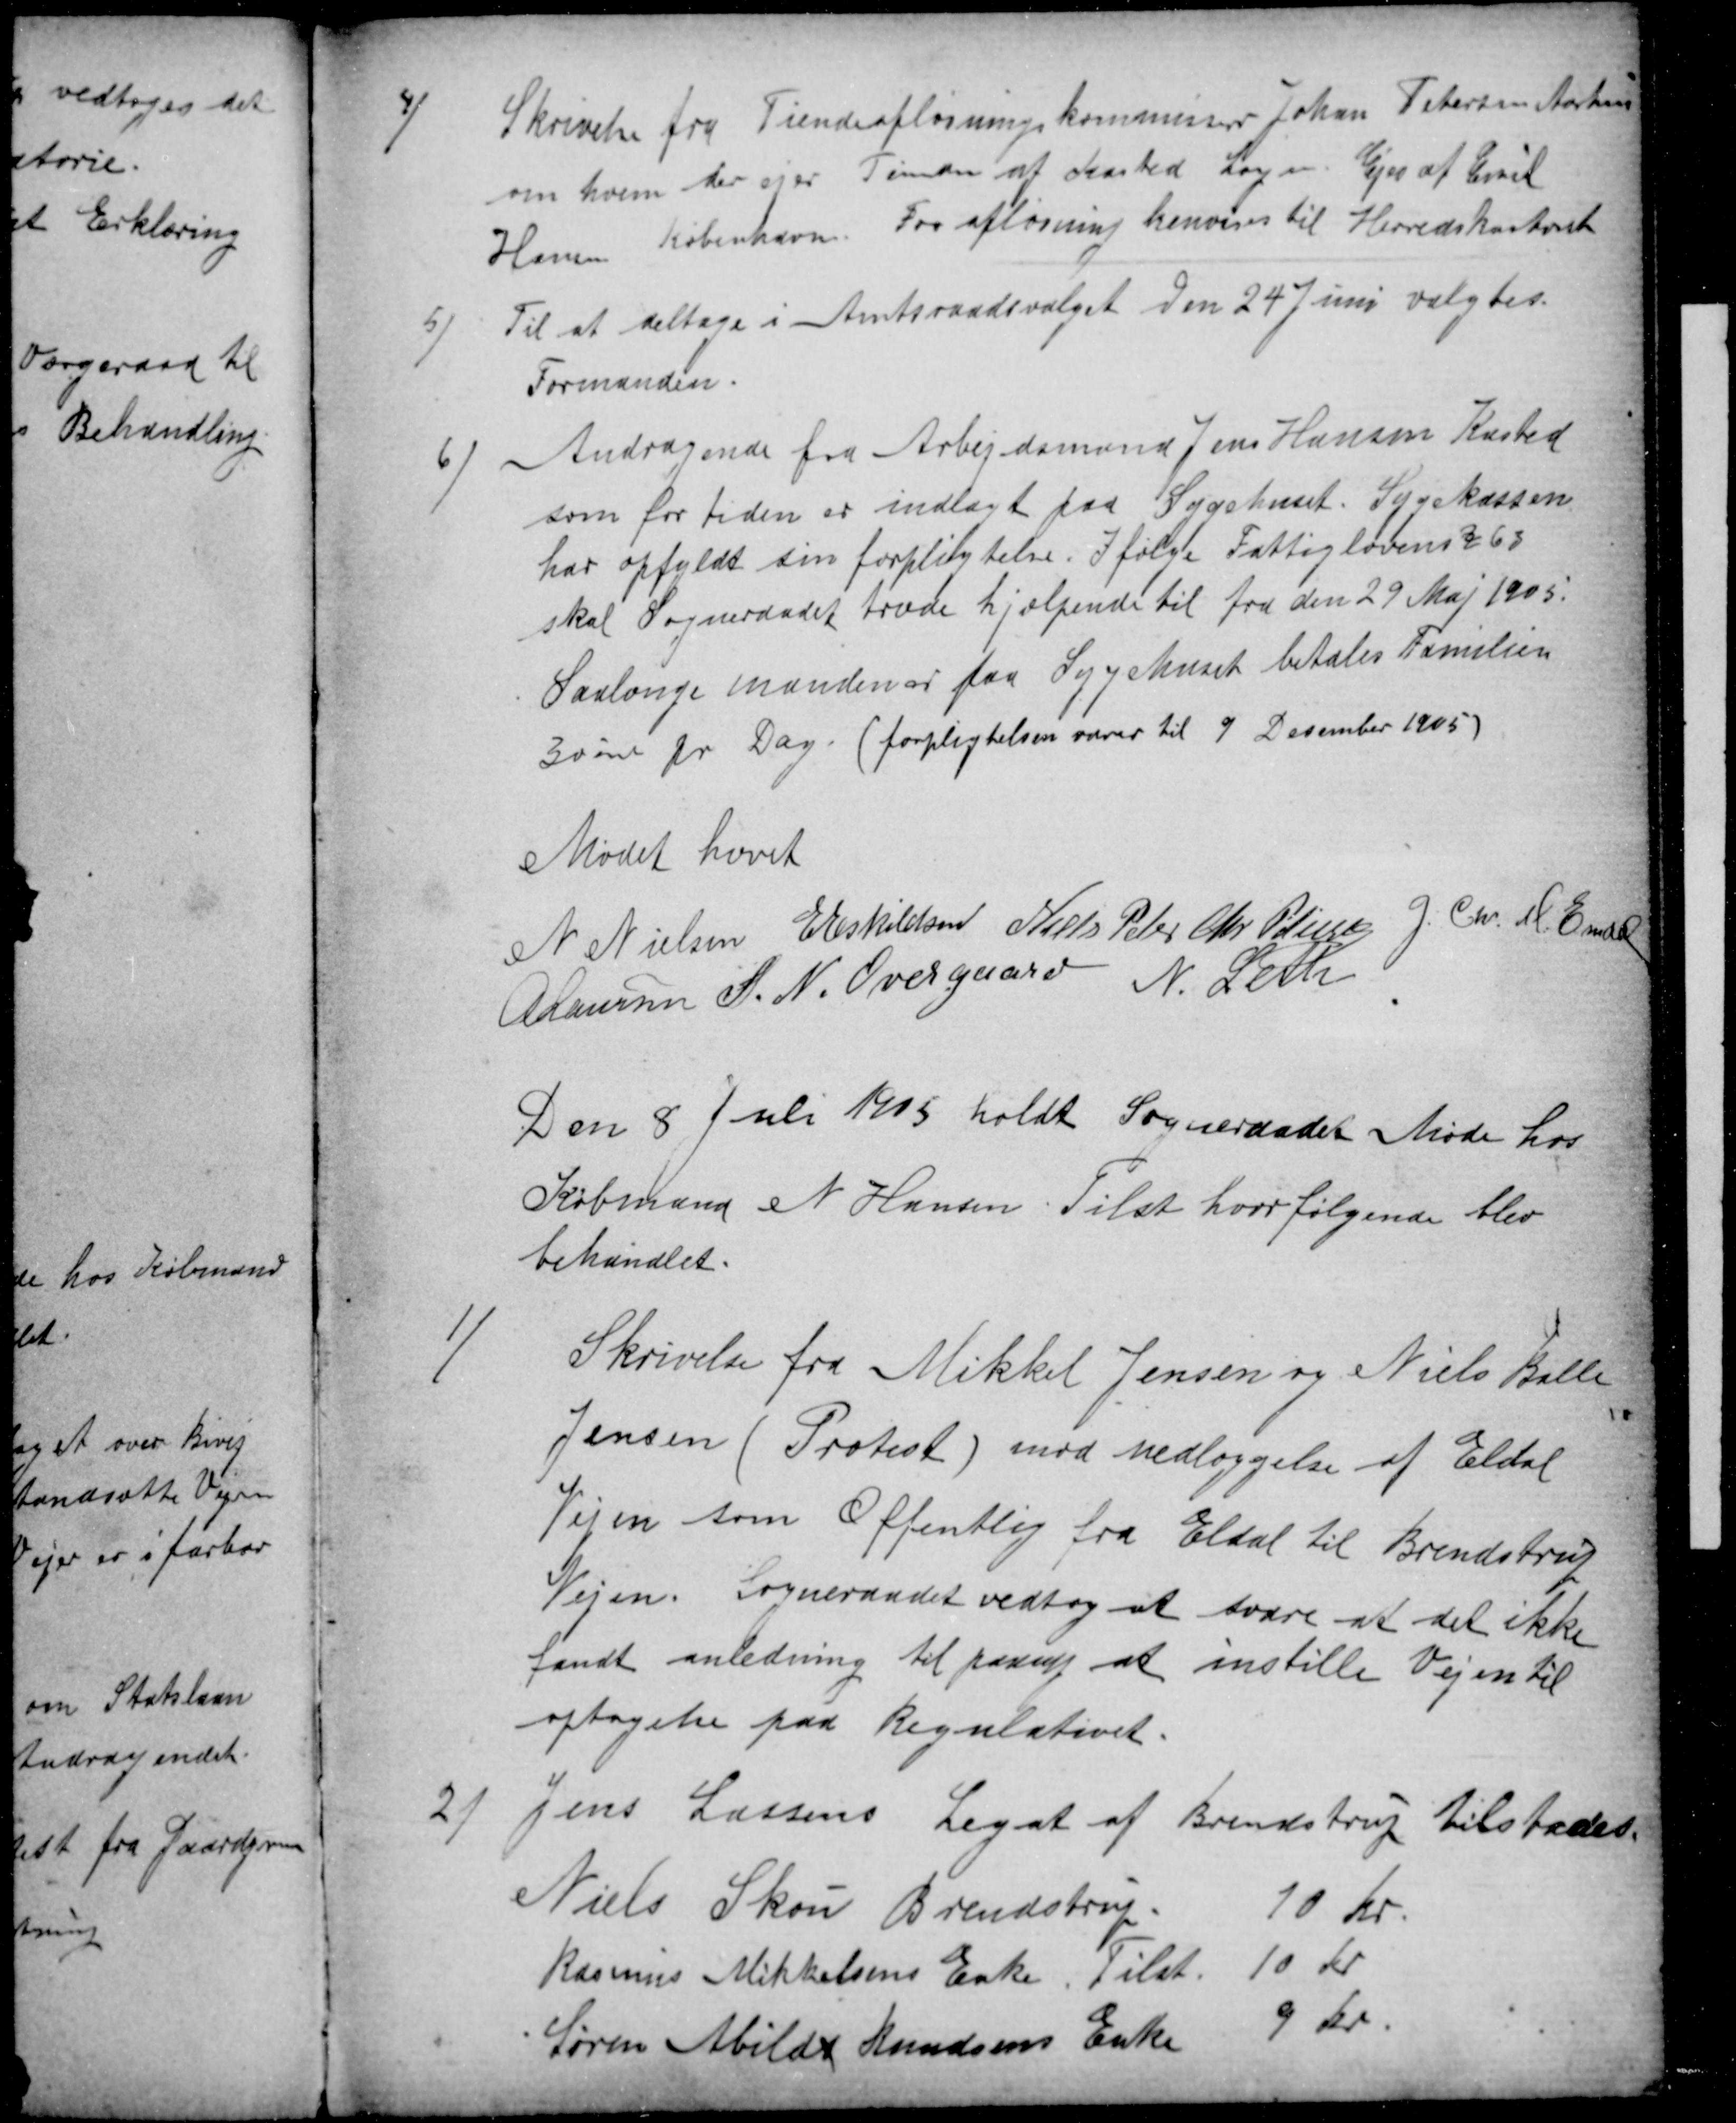
Transskription:
4)
Skrivelse fra Tiendeafløsningskommissær Johan Petersen Aarhus
om hvem der ejer Tiende at Kasted Sogn. Ejes af Emil
Hansen København. For afløsning henvises til Herredskontoret
5)
Til at deltage i Amtsraadsvalget den 24 Juni valgtes
Formanden.
6
Andragende fra Arbejdsmand Jens Hansen Kasted
som for tiden er indlagt paa Sygehuset. Sygekassen
har opfyldt sin forpligtelse. Ifølge Fattiglovens § 63
skal Sogneraadet træde hjælpende til fra den 29 Maj 1905.
Saalænge manden er paa Sygehuset betales Familien
30 øre pr Dag. (forpligtelsen varer til 9 December 1905)
Mødet hævet
N Nielsen E Eskildsen Niels Peter Chr. Petersen J. Chr. M. Emdal
A Laursen S. N. Overgaard N. Leth
Den 8 Juli 1915 holdt Sogneraadet Møde hos
Købmand N. Hansen. Tilst hvor følgende blev
behandlet.
1)
Skrivelse fra Mikkel Jensen og Niels Balle
Jensen (Protest) mod nedlæggelse af Eldal
Vejen som Offentlig fra Eldal til Brendstrup
Vejen. Sogneraadet vedtog at svare at det ikke
fandt anledning til paany at instille Vejen til
optagelse paa Regulativet.
2
Jens Lassens Legat af Brendstrup tilstodes
Niels Skou Brendstrup.
10 Kr.
Rasmus Mikkelsens Enke Tilst. 10 Kr
Søren Abilds Knudsens Enke
9 Kr